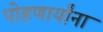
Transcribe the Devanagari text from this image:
पोहणार्यांना